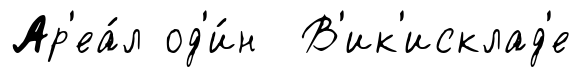
Ар'еа́л од'и́н В'ик'исклад'е